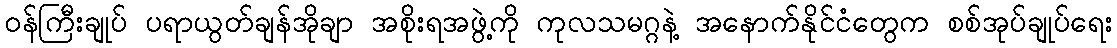
ဝန်ကြီးချုပ် ပရာယွတ်ချန်အိုချာ အစိုးရအဖွဲ့ကို ကုလသမဂ္ဂနဲ့ အနောက်နိုင်ငံတွေက စစ်အုပ်ချုပ်ရေး